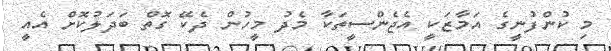
މި ކުންފުނީގެ އަމާޒަކީ އެޖެންސީތަކާ މެދު މީހުން ދެކޭ ގޮތް ބަދަލުކޮށް އެއީ